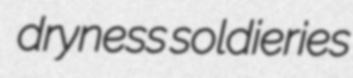
dryness soldieries